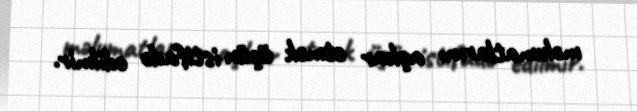
məlumatlarını aşkar etmək üçün istifadə edilmir.